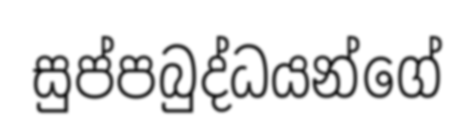
සුප්පබුද්ධයන්ගේ